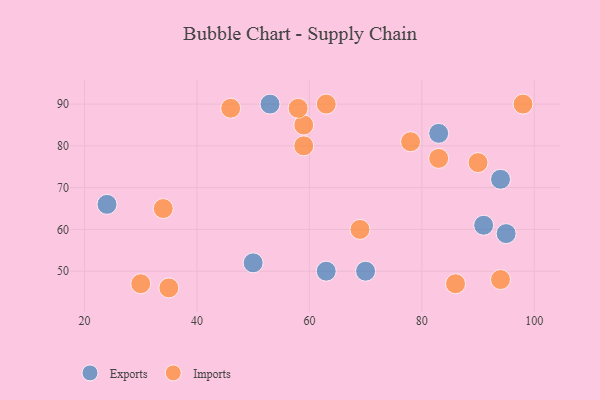
{"axis": {"x": "GDP", "y": "Life Expectancy"}, "legend": ["Exports", "Imports"], "data": [{"x": "63", "y": 50, "type": "Exports"}, {"x": "24", "y": 66, "type": "Exports"}, {"x": "53", "y": 90, "type": "Exports"}, {"x": "95", "y": 59, "type": "Exports"}, {"x": "83", "y": 83, "type": "Exports"}, {"x": "91", "y": 61, "type": "Exports"}, {"x": "50", "y": 52, "type": "Exports"}, {"x": "94", "y": 72, "type": "Exports"}, {"x": "70", "y": 50, "type": "Exports"}, {"x": "78", "y": 81, "type": "Imports"}, {"x": "59", "y": 80, "type": "Imports"}, {"x": "63", "y": 90, "type": "Imports"}, {"x": "59", "y": 85, "type": "Imports"}, {"x": "90", "y": 76, "type": "Imports"}, {"x": "86", "y": 47, "type": "Imports"}, {"x": "69", "y": 60, "type": "Imports"}, {"x": "34", "y": 65, "type": "Imports"}, {"x": "83", "y": 77, "type": "Imports"}, {"x": "35", "y": 46, "type": "Imports"}, {"x": "46", "y": 89, "type": "Imports"}, {"x": "30", "y": 47, "type": "Imports"}, {"x": "98", "y": 90, "type": "Imports"}, {"x": "94", "y": 48, "type": "Imports"}, {"x": "58", "y": 89, "type": "Imports"}]}